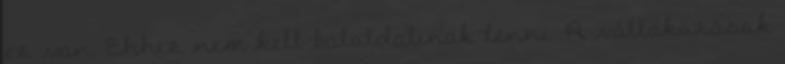
ez van. Ehhez nem kell baloldalinak lenni. A vállakozások